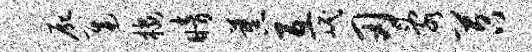
尸迟楼暗蕉互岷刃乱苕